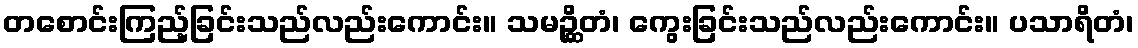
တစောင်းကြည့်ခြင်းသည်လည်းကောင်း။ သမဉ္ဆိတံ၊ ကွေးခြင်းသည်လည်းကောင်း။ ပသာရိတံ၊